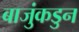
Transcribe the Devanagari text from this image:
बाजुंकडुन